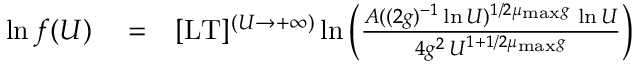
\begin{array} { r l r } { \ln f ( U ) } & { { } = } & { \lbrack \mathrm { L T } \rbrack ^ { ( U \to + \infty ) } \ln \left( \frac { A ( ( 2 g ) ^ { - 1 } \ln U ) ^ { 1 / 2 \mu _ { \mathrm { m a x } } g } \, \ln U } { 4 g ^ { 2 } \, U ^ { 1 + 1 / 2 \mu _ { \mathrm { m a x } } g } } \right) } \end{array}